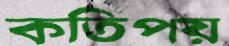
কতিপয়